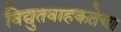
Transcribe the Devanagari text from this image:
विद्युतवाहकतेचा